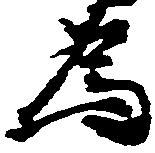
為